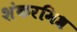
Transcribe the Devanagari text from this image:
शंकरमिश्र